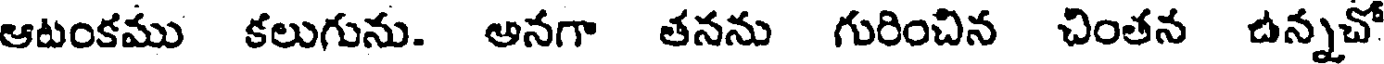
ఆటంకము కలుగును. అనగా తనను గురించిన చింతన ఉన్నచో